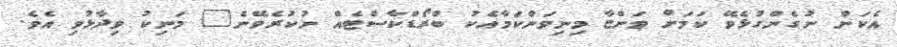
އެކަން ނުގެންގުޅެވޭ ކަމަށް ވަންޏާ މިނިވަންކަމާއެކު ބްރޯޑްކާސްޓެއް ނުކުރެވޭނެ" މަނިކު ވިދާޅުވި އެވެ.